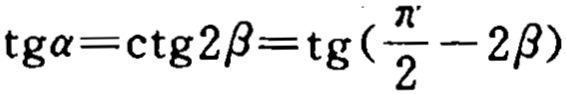
\(\text{tg}\alpha=\text{ctg}2\beta=\text{tg}(\frac{\pi}{2}-2\beta)\)